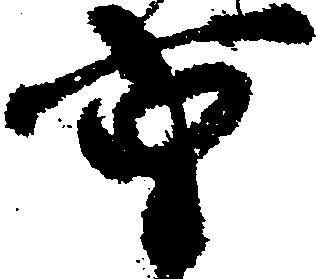
重